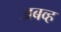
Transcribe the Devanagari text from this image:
अबव्ह